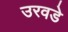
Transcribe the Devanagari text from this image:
उरवडे